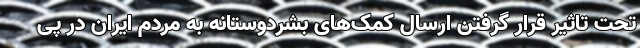
تحت تاثیر قرار گرفتن ارسال کمک‌های بشردوستانه به مردم ایران در پی